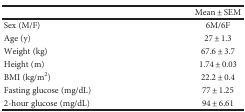
|  | Mean ± SEM |
 | --- | --- |
 | Sex (M/F) | 6M/6F |
 | Age (y) | 27 ± 1.3 |
 | Weight (kg) | 67.6 ± 3.7 |
 | Height (m) | 1.74 ± 0.03 |
 | BMI (kg/m2) | 22.2 ± 0.4 |
 | Fasting glucose (mg/dL) | 77 ± 1.25 |
 | 2-hour glucose (mg/dL) | 94 ± 6.61 |